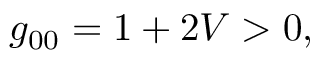
g _ { 0 0 } = 1 + 2 V > 0 ,